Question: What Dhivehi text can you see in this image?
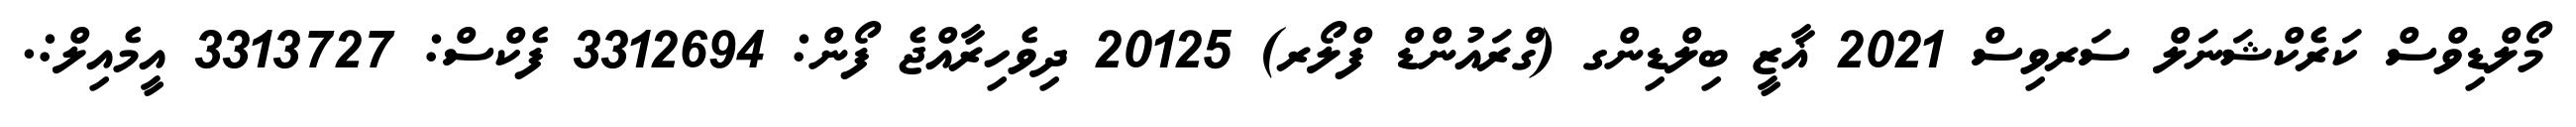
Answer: މޯލްޑިވްސް ކަރެކްޝަނަލް ސަރވިސް 2021 ޣާޒީ ބިލްޑިންގ (ގްރައުންޑް ފްލޯރ) 20125 ދިވެހިރާއްޖެ ފޯން: 3312694 ފެކްސް: 3313727 އީމެއިލް:.